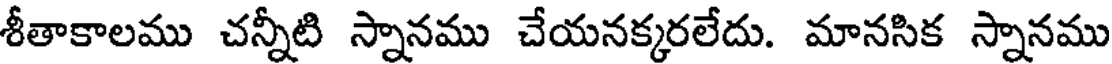
శీతాకాలము చన్నీటి స్నానము చేయనక్కరలేదు. మానసిక స్నానము